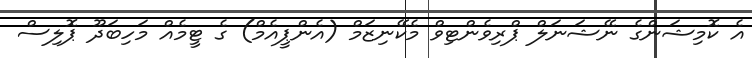
އެ ކޮމިޝަންގެ ނޭޝަނަލް ޕްރިވެންޓިވް މެކޭނިޒަމް (އެންޕީއެމް) ގެ ޓީމެއް މަހިބަދޫ ޕޮލިސް